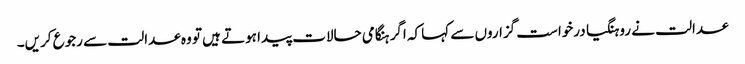
عدالت نے روہنگیا درخواست گزاروں سے کہا کہ اگر ہنگامی حالات پیدا ہوتے ہیں تو وہ عدالت سے رجوع کریں۔